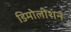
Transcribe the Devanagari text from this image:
डिमोलीशन